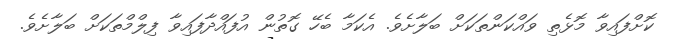
ކޮށްފައިވާ މޮޅެތި ވައްކަންތަކަށް ބަލާށެވެ. އެކަމާ ބެހޭ ގޮތުން އުފައްދާފައިވާ ފިލްމްތަކަށް ބަލާށެވެ.